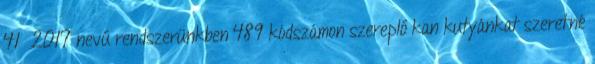
41 2017 nevű rendszerünkben 489 kódszámon szereplő kan kutyánkat szeretné